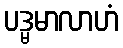
ပဒ္မမာလာဟံ